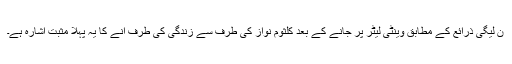
ن لیگی ذرائع کے مطابق وینٹی لیٹر پر جانے کے بعد کلثوم نواز کی طرف سے زندگی کی طرف آنے کا یہ پہلا مثبت اشارہ ہے۔